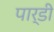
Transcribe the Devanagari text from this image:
पार्डी